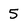
Character: 5